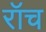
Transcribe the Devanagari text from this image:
रॉच